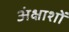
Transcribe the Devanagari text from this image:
अंक्षाशों